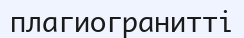
плагиогранитті